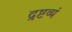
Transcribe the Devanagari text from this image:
द्रष्टव्यं